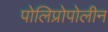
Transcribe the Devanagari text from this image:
पोलिप्रोपोलीन